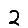
Digit: 2